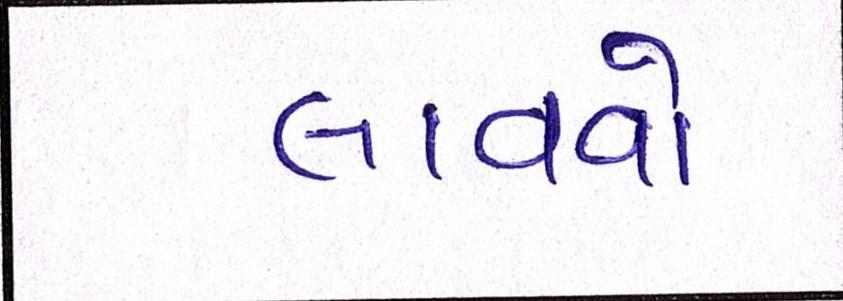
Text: લાવવો